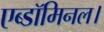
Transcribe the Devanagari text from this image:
एब्डॉमिनल।